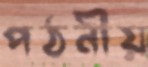
পঠনীয়